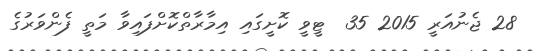
28 ޖެނުއަރީ 2015 35  ޓީވީ ކޮށީގައި އިމާރާތްކޮށްފައިވާ މަތީ ފެންވަރުގެ